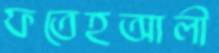
ফতেহআলী